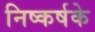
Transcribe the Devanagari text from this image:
निष्कर्षके